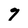
Character: 9